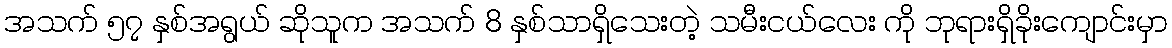
အသက် ၅၇ နှစ်အရွယ် ဆိုသူက အသက် 8 နှစ်သာရှိသေးတဲ့ သမီးငယ်လေး ကို ဘုရားရှိခိုးကျောင်းမှာ